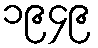
၁၉၄၉